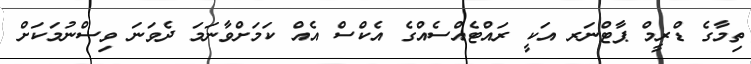
ތިމާގެ ޑްރީމް ޕާޓްނަރ އަކީ ރައްޓެއްސެއްގެ އެކްސް އެއް ކަމަށްވާނަމަ ދެވަނަ ވިސްނުމަކަށް